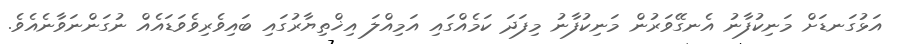
އަޅުގަނޑަށް މަނިކުފާނު އެނގޭވަރުން މަނިކުފާނު މިފަދަ ކަމެއްގައި އަމިއްލަ އިޚްތިޔާރުގައި ބައިވެރިވެވަޑައެއް ނުގަންނަވާނެއެވެ.